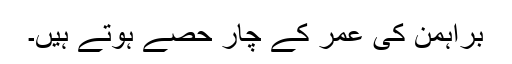
براہمن کی عمر کے چار حصے ہوتے ہیں۔